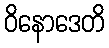
ဝိနောဒေတိ